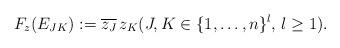
LaTeX: \begin{align*}F_z(E_{JK}):=\overline{z_J}\,z_K(J,K\in \{1,\ldots,n\}^l,\,l\geq 1).\end{align*}